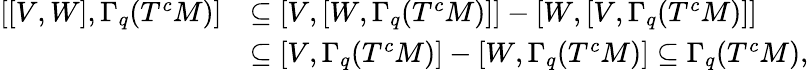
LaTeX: \begin{array}{rl}{\left[[V,W],\Gamma_{q}(T^{c}M)\right]}&{\subseteq\left[V,[W,\Gamma_{q}(T^{c}M)]\right]-\left[W,[V,\Gamma_{q}(T^{c}M)]\right]}\\ &{\subseteq\left[V,\Gamma_{q}(T^{c}M)\right]-\left[W,\Gamma_{q}(T^{c}M)\right]\subseteq\Gamma_{q}(T^{c}M),}\end{array}